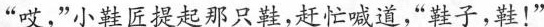
“哎，”小鞋匠提起那只鞋，赶忙喊道，”鞋子，鞋！”